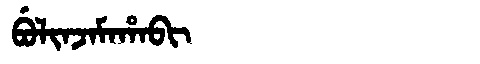
Manchu: ᠪᡠᠯᡳᠨᠵᠠᠮᠠᡥᠠᠪᡳ
Romanization: BULINJAMAHABI